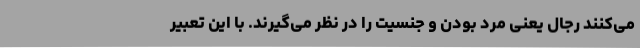
می‌کنند رجال یعنی مرد بودن و جنسیت را در نظر می‌گیرند. با این تعبیر